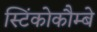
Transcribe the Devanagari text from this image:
स्टिंकोकौम्बे